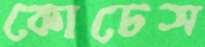
কোচেস